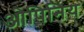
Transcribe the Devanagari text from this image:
ओपिनिय